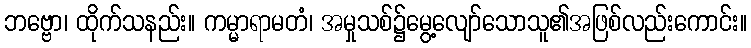
ဘဗ္ဗော၊ ထိုက်သနည်း။ ကမ္မာရာမတံ၊ အမှုသစ်၌မွေ့လျော်သောသူ၏အဖြစ်လည်းကောင်း။